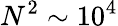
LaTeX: N^{2}\sim 10^{4}